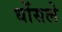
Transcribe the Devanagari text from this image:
धोंसले